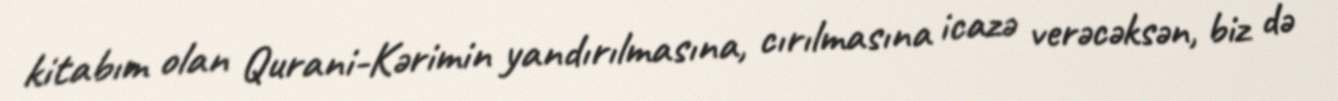
kitabım olan Qurani-Kərimin yandırılmasına, cırılmasına icazə verəcəksən, biz də